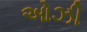
ઓઝી